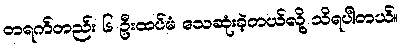
တရက်တည်း ၆ ဦးထပ်မံ သေဆုံးခဲ့တယ်လို့ သိရပါတယ်။